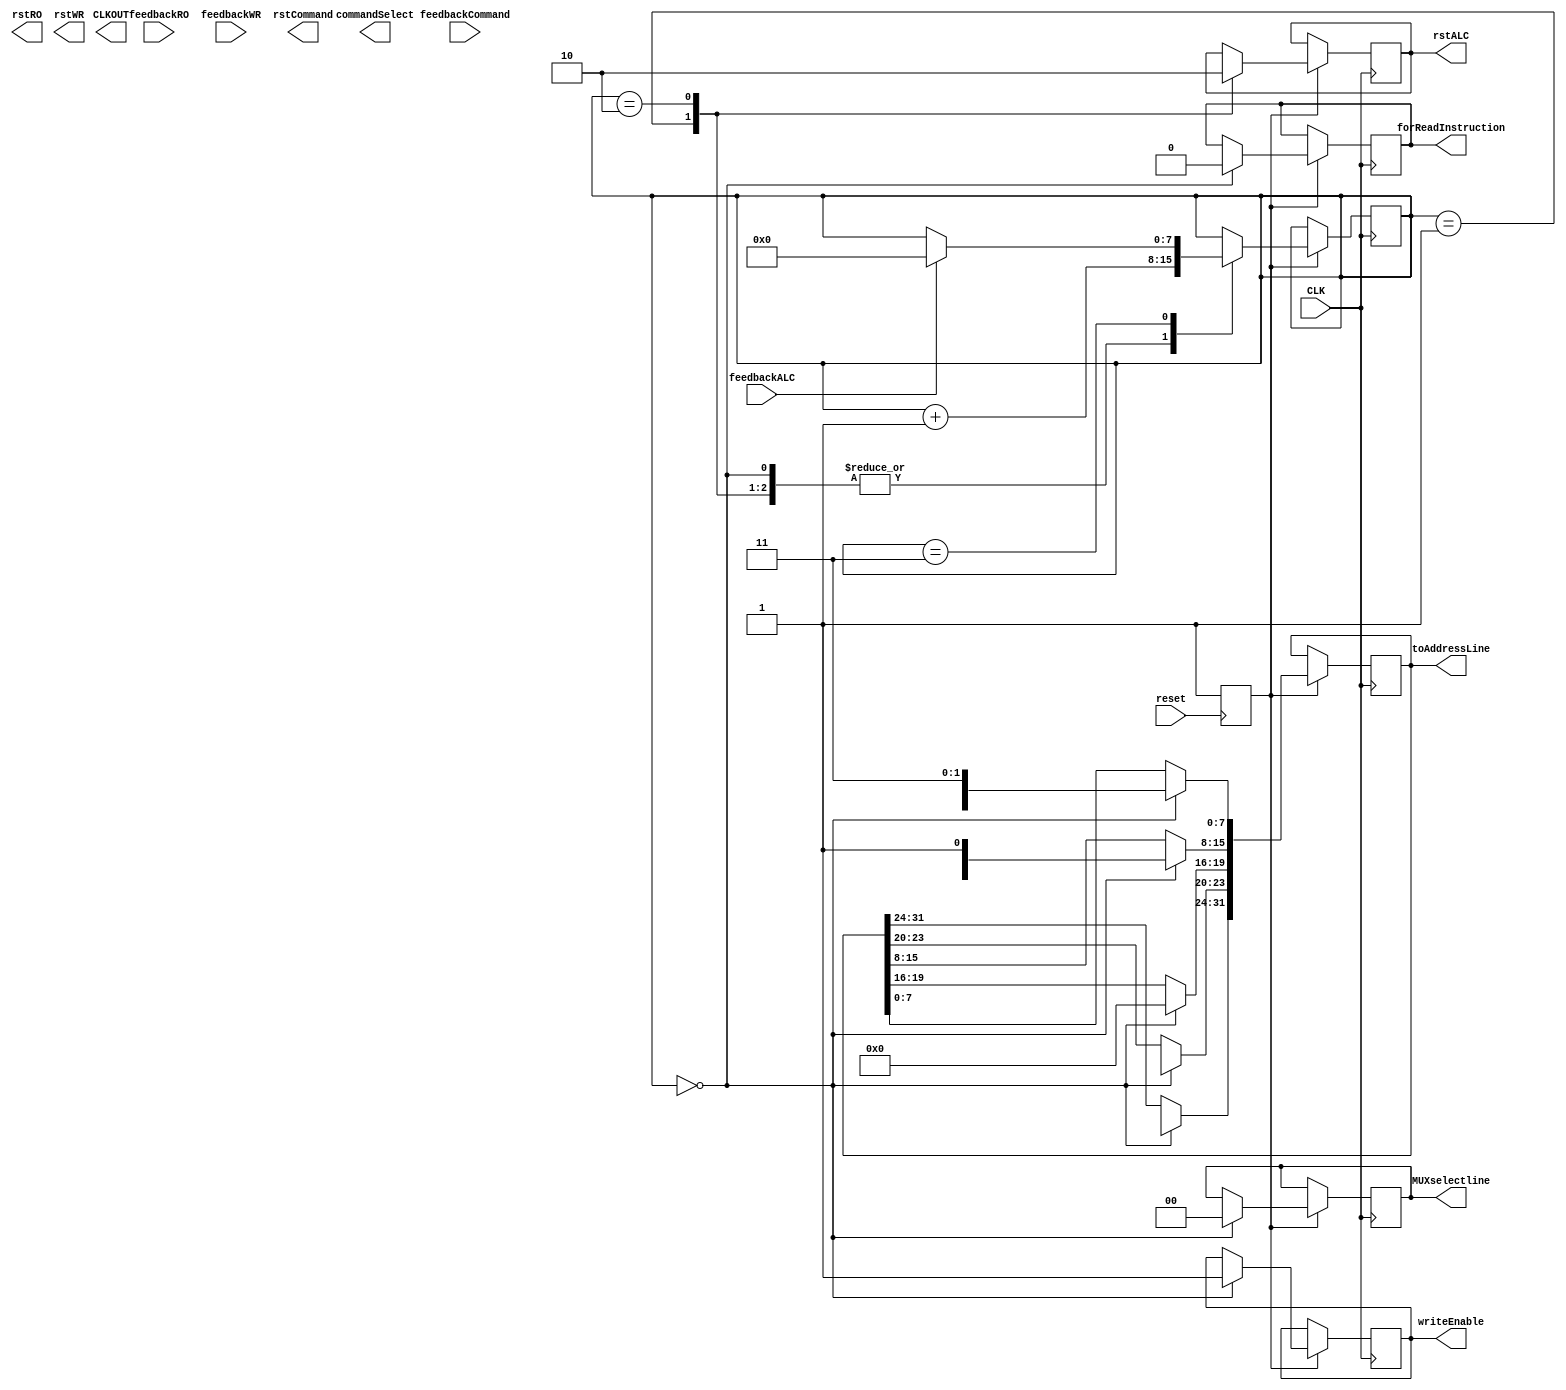
module test_controller(		CLK,
									reset,
									feedbackALC,
									feedbackRO,
									feedbackWR,
									feedbackCommand,
									toAddressLine,
									forReadInstruction,
									CLKOUT,
									rstALC,
									rstRO,
									rstWR,
									rstCommand,
									commandSelect,
									MUXselectline,
									writeEnable);
	input CLK;
	input reset;
	input feedbackALC;
	input feedbackCommand;
	input feedbackRO;
	input feedbackWR;
	
	
	output reg		rstALC;
	output reg 		rstCommand;
	output reg 		rstRO;
	output reg		rstWR;
	
	output reg		CLKOUT;
	output reg		writeEnable;
	
	//	I/O(0) 	I/O(1) 	I/O(2)	I/O(3) 	I/O(4) 	I/O 5 	I/O(6) 	I/O(7) 	Address
	//	A 0 		A 1 		A 2 		A 3		A 4 		A 5 		A  6		A 7 		Column Address
	// 31			30			29			28			27			26			25			24
	output[31:0]		toAddressLine;
	// COL 1 [31:24]
	reg[7:0] 			col1;
	// COL 2 [23:16]
	reg[3:0]				col2;
	reg[3:0]				col2L;
	// ROW 1 [15:8]
	reg[7:0]				row1;
	// ROW 2 [7:0]
	reg[7:0]				row2;
	reg[31:0]			address;
	assign toAddressLine		= address;
	
	output reg			forReadInstruction;
	output reg			commandSelect;
	output reg[1:0]	MUXselectline;
	
	reg					start = 0;
	reg[7:0]				state;
	
	initial begin
		col2L = 4'b0;
	end

	
	always @(posedge reset)begin
		start = 1;
	end
	always @(posedge CLK) begin
		if(start) begin
		case(state)
			8'b0: begin
				forReadInstruction = 0;
				//assign the addres in which to next send
				col2L 				= 4'b0;
				address[31:24] 	= col1;
				address[23:20] 	= col2;
				address[19:16]		= col2L;
				address[15:8] 		= row1;
				address[7:0] 		= row2;
				writeEnable = 1;
				state = state+1;
				MUXselectline = 2'b00;
			end
			8'b1: begin
				rstALC = 1;
				state = state +1;
			end
			8'd2: begin
				rstALC  = 0;
				state  = state + 1;
			end
			8'd3: begin
				if(feedbackALC) state = 8'b0;
			end
		endcase	//END Case(state)
		end		//END start if
	end			//END always block
endmodule